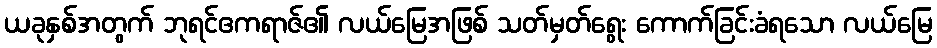
ယခုနှစ်အတွက် ဘုရင်ဧကရာဇ်၏ လယ်မြေအဖြစ် သတ်မှတ်ရွေး ကောက်ခြင်းခံရသော လယ်မြေ